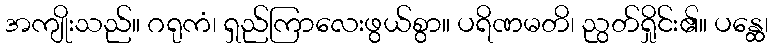
အကျိုးသည်။ ဂရုကံ၊ ရှည်ကြာလေးဖွယ်စွာ။ ပရိဏမတိ၊ ညွတ်ရှိုင်း၏။ ပန္ထေ၊